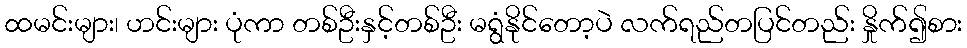
ထမင်းများ၊ ဟင်းများ ပုံကာ တစ်ဦးနှင့်တစ်ဦး မရွံနိုင်တော့ပဲ လက်ရည်တပြင်တည်း နှိုက်၍စား